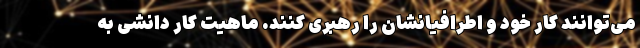
می‌توانند کار خود و اطرافیانشان را رهبری کنند. ماهیت کار دانشی به